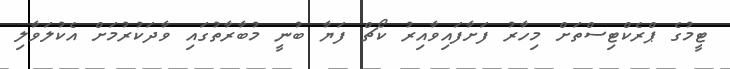
ޓީމުގެ ޕްރެކްޓިސްތަށް މިހާރު ފަށާފައިވާއިރު ކޯޗް ފަޔާ ބުނީ މުބާރާތުގައި ވާދަކުރުމަށް އެކުލަވާލި